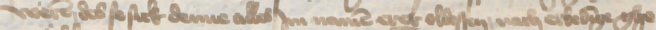
weren des se sick denne alles Jm namen erer oldesten, nach erbedinge ghe¬